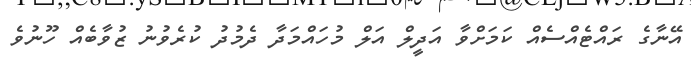
އޭނާގެ ރައްޓެއްސެއް ކަމަށްވާ އަދީލް އަލް މުހައްމަދާ ދެމުދު ކުރެވުނު ޒުވާބެއް ހޫނުވެ